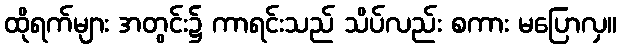
ထိုရက်များ အတွင်း၌ ကာရင်းသည် သိပ်လည်း စကား မပြောလှ။